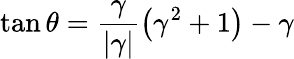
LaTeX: \tan\theta=\frac{\gamma}{|\gamma|}\left(\gamma^{2}+1\right)-\gamma